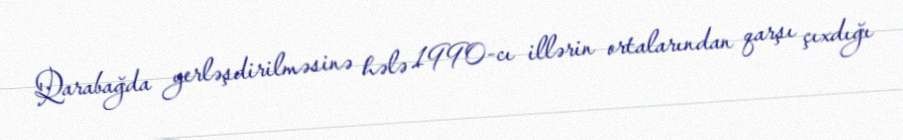
Qarabağda yerləşdirilməsinə hələ 1990-cı illərin ortalarından qarşı çıxdığı